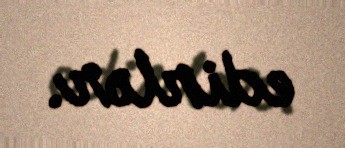
edirlər.